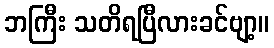
ဘကြီး သတိရပြီလားခင်ဗျာ့။